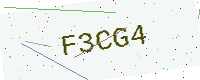
Text: F3CG4